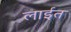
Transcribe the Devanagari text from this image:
लाईत